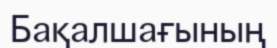
Бақалшағының